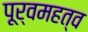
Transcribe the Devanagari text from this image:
पूर्वमहत्व